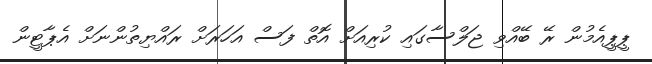
ޕީޕީއެމުން ރޭ ބޭއްވި ޖަލްސާގައި ކުރިއަށް އޮތް ފަސް އަހަރަށް ރައްޔިތުންނަށް އެޕާޓީން